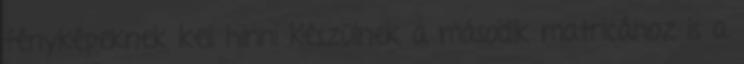
fényképeknek kell hinni Készülnek a második matricához is a